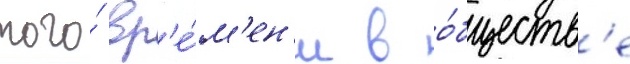
того́ вр'е́м'ен'и в о́бществ'е